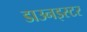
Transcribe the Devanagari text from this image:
डाउनइस्टर